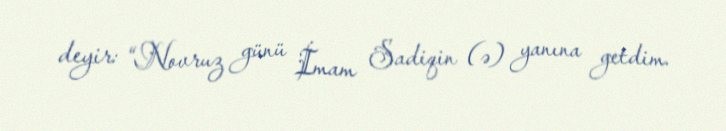
deyir: “Novruz günü İmam Sadiqin (ə) yanına getdim.